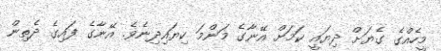
މީހެއްގެ ގެޔަށް ދިޔައީ ކަމަށް އޭނާގެ މަންމަ ކިޔައިދިނެވެ. އޭނާގެ ފައިގެ ދެތިން